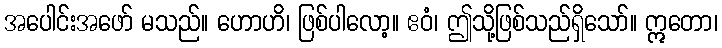
အပေါင်းအဖော် မသည်။ ဟောဟိ၊ ဖြစ်ပါလော့။ ဧဝံ၊ ဤသို့ဖြစ်သည်ရှိသော်။ ဣတော၊